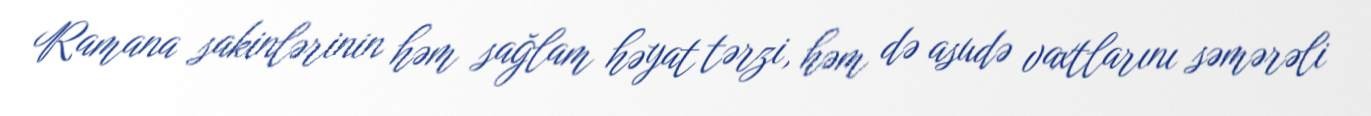
Ramana sakinlərinin həm sağlam həyat tərzi, həm də asudə vaxtlarını səmərəli